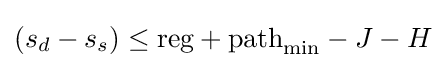
(s_{d}-s_{s})\leq {\text{reg}}+{\text{path}}_{\text{min}}-J-H